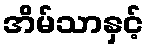
အိမ်သာနှင့်